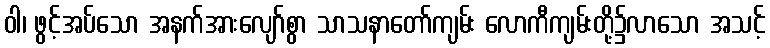
ဝါ၊ ဖွင့်အပ်သော အနက်အားလျော်စွာ သာသနာတော်ကျမ်း လောကီကျမ်းတို့၌လာသော အသင့်